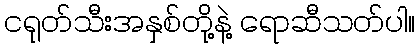
ငရုတ်သီးအနှစ်တို့နဲ့ ရောဆီသတ်ပါ။